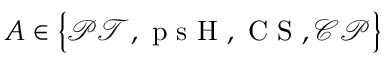
A \in \left\{ \mathcal { P T } , \mathrm { ~ p ~ s ~ H ~ } , \mathrm { ~ C ~ S ~ } , \mathcal { C P } \right\}